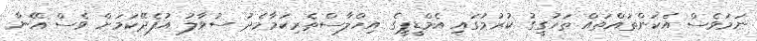
ނަމަވެސް އެކަންތައްތައް ތަހުގީގު ކުރުމުގައި އެމްޑީޕީގެ އިހްލާސްތެރިކަމާމެދު ސުވާލު އުފެދޭކަމަށް ވެސް އޭނާ